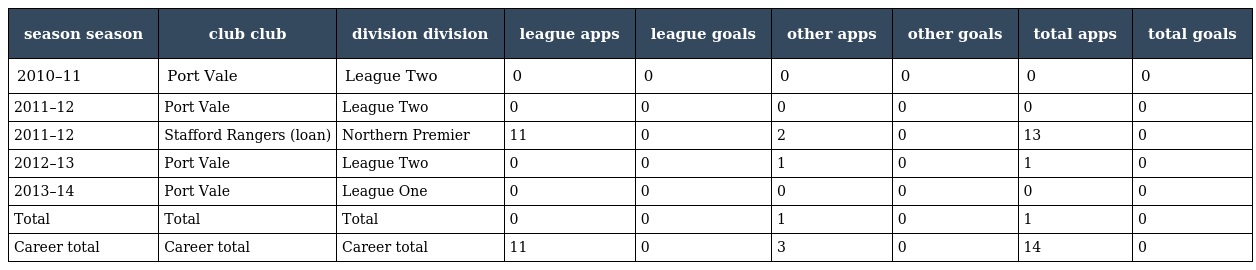
| season season | club club | division division | league apps | league goals | other apps | other goals | total apps | total goals |
 | --- | --- | --- | --- | --- | --- | --- | --- | --- |
 | 2010–11 | Port Vale | League Two | 0 | 0 | 0 | 0 | 0 | 0 |
 | 2011–12 | Port Vale | League Two | 0 | 0 | 0 | 0 | 0 | 0 |
 | 2011–12 | Stafford Rangers (loan) | Northern Premier | 11 | 0 | 2 | 0 | 13 | 0 |
 | 2012–13 | Port Vale | League Two | 0 | 0 | 1 | 0 | 1 | 0 |
 | 2013–14 | Port Vale | League One | 0 | 0 | 0 | 0 | 0 | 0 |
 | Total | Total | Total | 0 | 0 | 1 | 0 | 1 | 0 |
 | Career total | Career total | Career total | 11 | 0 | 3 | 0 | 14 | 0 |